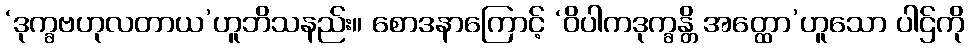
‘ဒုက္ခဗဟုလတာယ’ဟူဘိသနည်း။ စောဒနာကြောင့် ‘ဝိပါကဒုက္ခန္တိ အတ္ထော’ဟူသော ပါဌ်ကို